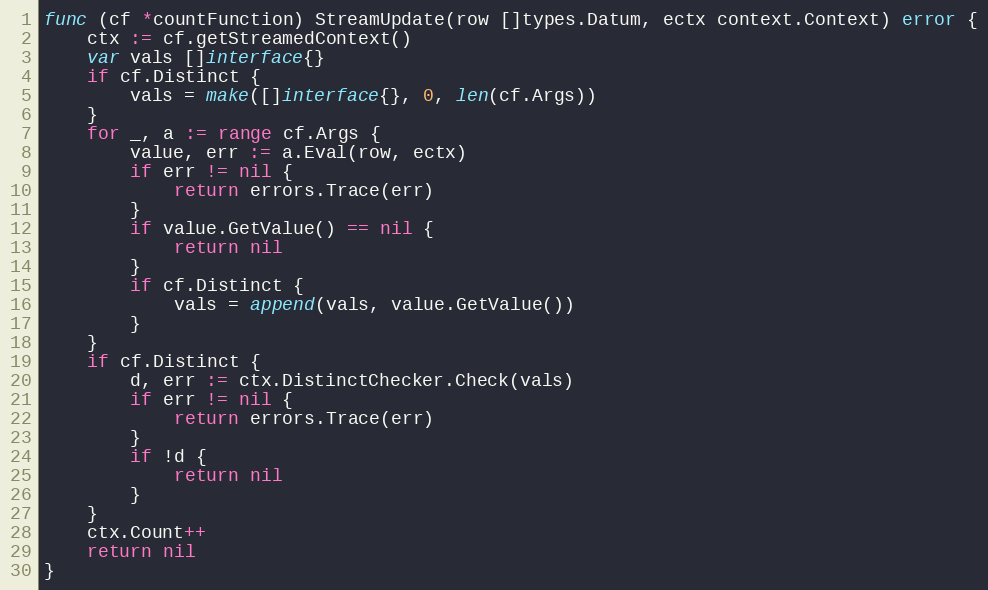
Language: Go
func (cf *countFunction) StreamUpdate(row []types.Datum, ectx context.Context) error {
	ctx := cf.getStreamedContext()
	var vals []interface{}
	if cf.Distinct {
		vals = make([]interface{}, 0, len(cf.Args))
	}
	for _, a := range cf.Args {
		value, err := a.Eval(row, ectx)
		if err != nil {
			return errors.Trace(err)
		}
		if value.GetValue() == nil {
			return nil
		}
		if cf.Distinct {
			vals = append(vals, value.GetValue())
		}
	}
	if cf.Distinct {
		d, err := ctx.DistinctChecker.Check(vals)
		if err != nil {
			return errors.Trace(err)
		}
		if !d {
			return nil
		}
	}
	ctx.Count++
	return nil
}